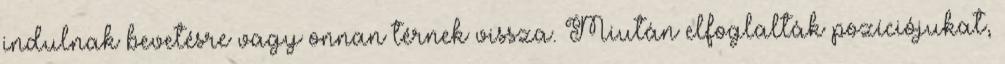
indulnak bevetésre vagy onnan térnek vissza. Miután elfoglalták pozíciójukat,